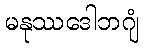
မနုဿဒေါဘဂျံ